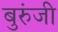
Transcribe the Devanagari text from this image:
बुरुंजी